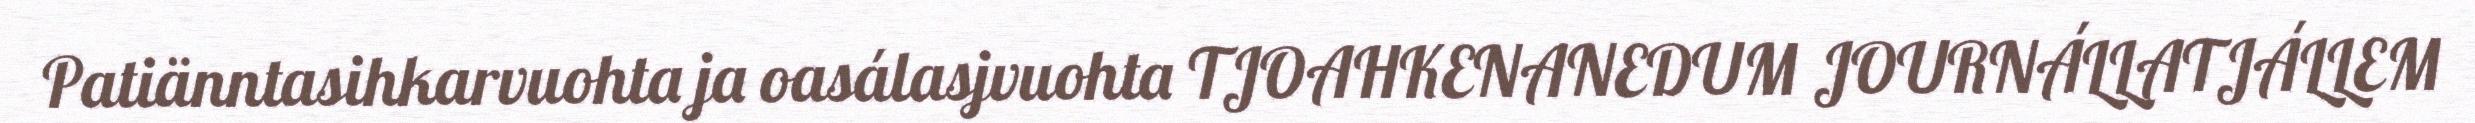
Patiänntasihkarvuohta ja oasálasjvuohta TJOAHKENANEDUM JOURNÁLLATJÁLLEM